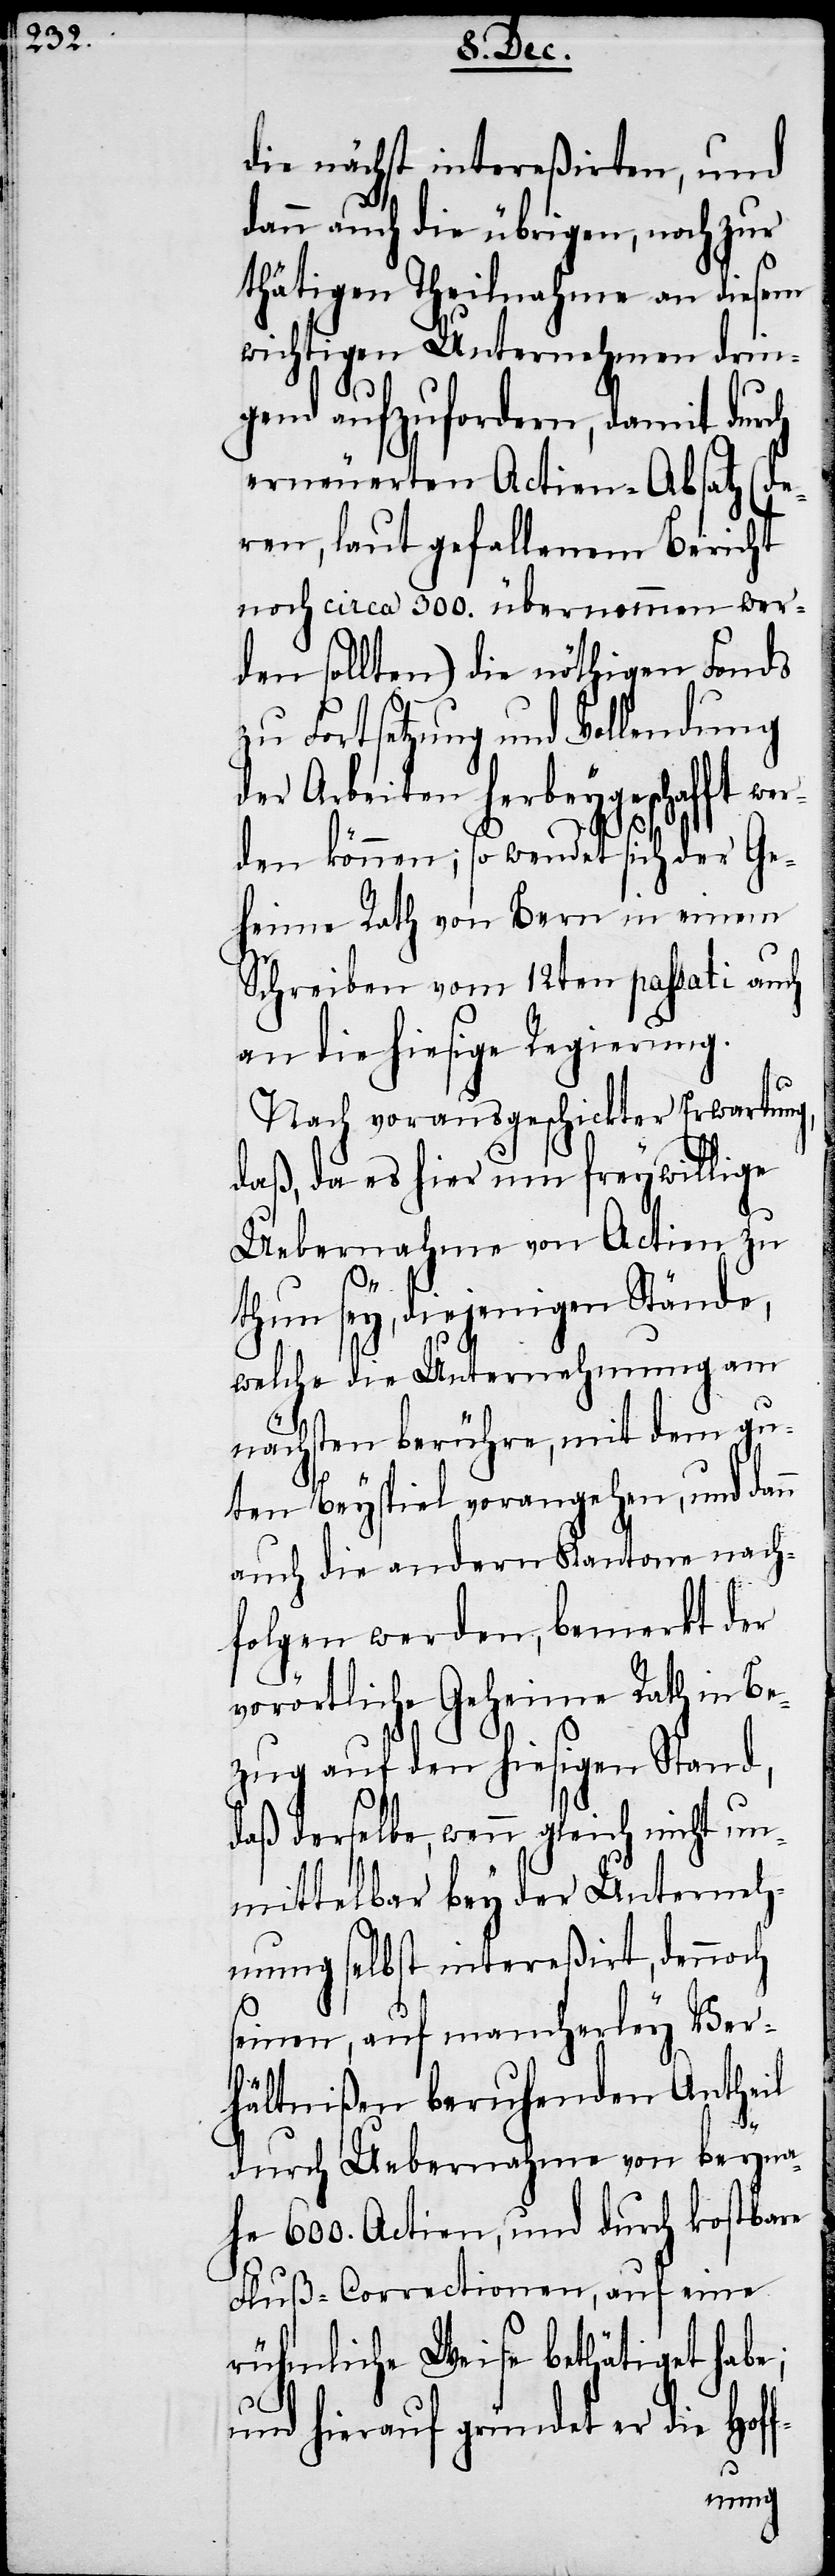
f-

die nächst intereßirten, und
dann auch die übrigen, noch zur
thätigen Theilnahme an diesem
wichtigen Unternehmen drin¬
gend aufzufordern, damit durch
erneuerten Actien-Absatz (de¬
ren, laut gefallenem Bericht
noch circa 300. übernommen wer¬
den sollten) die nöthigen Fonds
zu Fortsetzung und Vollendung
der Arbeiten herbeygeschafft wer¬
den können; so wendet sich der Ge¬
heime Rath von Bern in einem
Schreiben vom 12ten passati auch
an die hiesige Regierung.
Nach vorausgeschickter Erwartun¬
daß, da es hier um freywillige
Uebernahme von Actien zu
thun sey, diejenigen Stände,
welche die Unternehmung am
nächsten berühre, mit dem gu¬
ten Beyspiel vorangehen, und dan¬
auch die andern Kantone nach¬
folgen werden, bemerkt der
vorörtliche Geheime Rath in Be¬
zug auf den hiesigen Stand,
daß derselbe, wenn gleich nicht un¬
mittelbar bey der Unterneh¬
mung selbst intereßirt, dennoch
seinen, auf mancherley Ver¬
hältnißen beruhenden Antheil
durch Uebernahme von beyna¬
he 600. Actien, und durch kostbare
Fluß-Correctionen, auf eine
rühmliche Weise bethätiget habe;
und hierauf gründet er die Hof¬